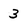
Character: 3